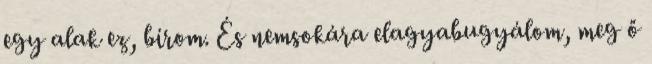
egy alak ez, bírom. És nemsokára elagyabugyálom, meg ő